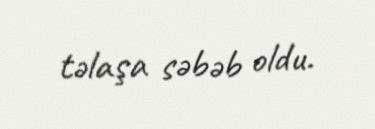
təlaşa səbəb oldu.